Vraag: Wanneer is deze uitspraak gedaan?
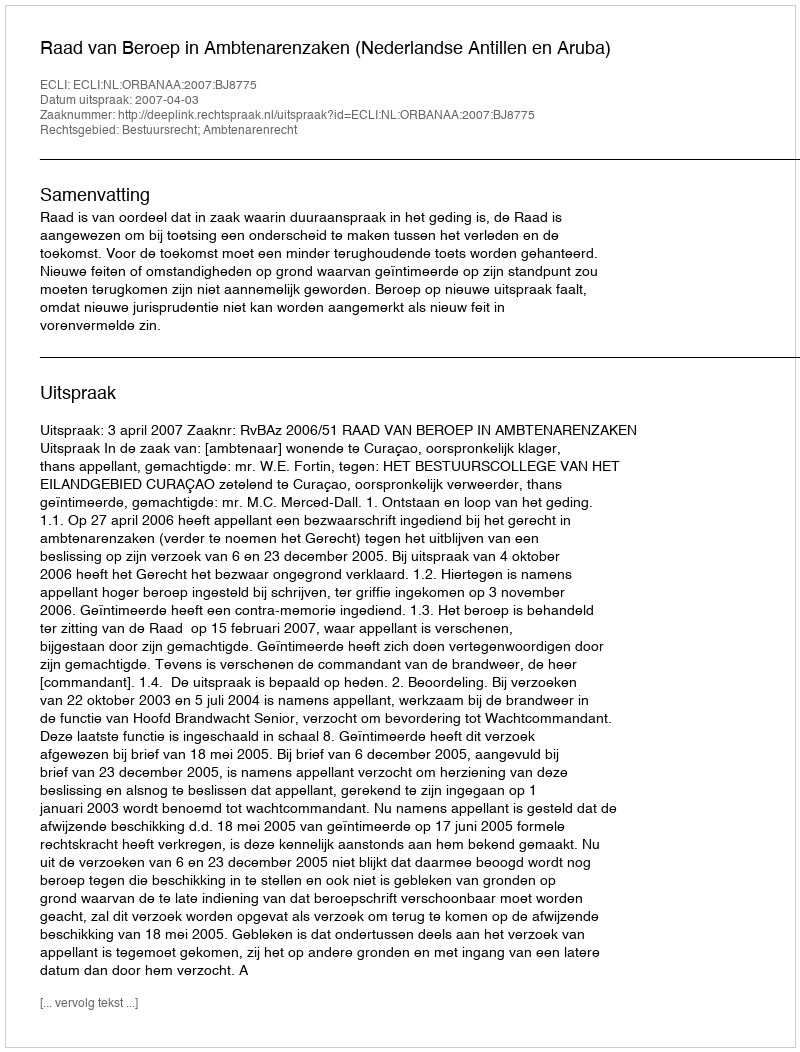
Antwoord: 2007-04-03